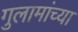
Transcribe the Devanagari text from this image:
गुलामांच्या